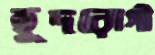
হূদরোগী